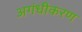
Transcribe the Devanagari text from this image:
अगंधीकरण